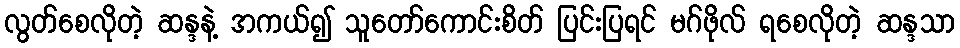
လွတ်စေလိုတဲ့ ဆန္ဒနဲ့ အကယ်၍ သူတော်ကောင်းစိတ် ပြင်းပြရင် မဂ်ဖိုလ် ရစေလိုတဲ့ ဆန္ဒသာ